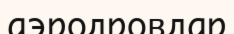
аэродровдар